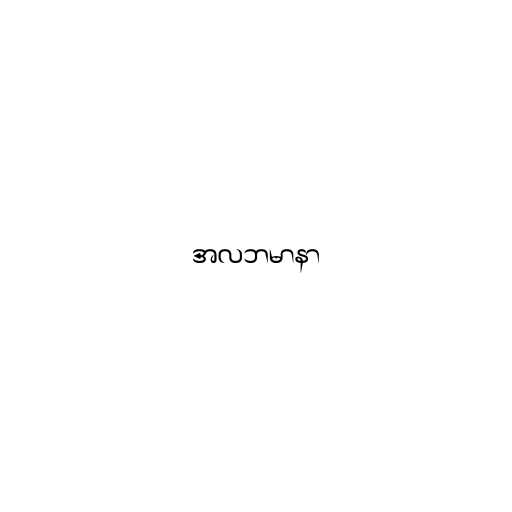
အလဘမာနာ